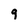
Character: 9